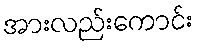
အားလည်းကောင်း